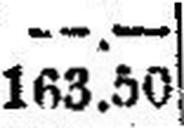
163.50